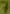
Text: 7